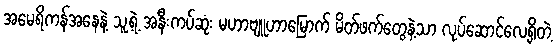
အမေရိကန်အနေနဲ့ သူ့ရဲ့ အနီးကပ်ဆုံး မဟာဗျူဟာမြောက် မိတ်ဖက်တွေနဲ့သာ လုပ်ဆောင်လေ့ရှိတဲ့